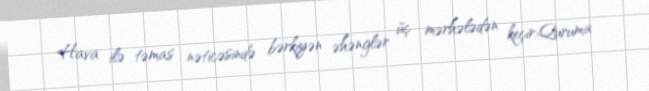
Hava ilə təmas nəticəsində bərkiyən əhənglər üç mərhələdən keçir:Quruma